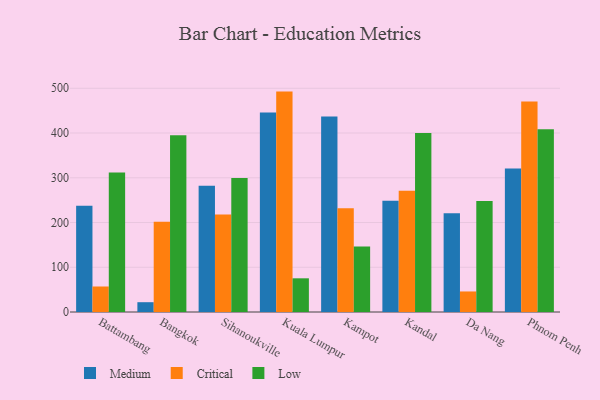
{"axis": {"x": "City", "y": "Tickets Resolved"}, "legend": ["Critical", "Low", "Medium"], "data": [{"x": "Battambang", "y": 237.7, "type": "Medium"}, {"x": "Battambang", "y": 57.0, "type": "Critical"}, {"x": "Battambang", "y": 311.9, "type": "Low"}, {"x": "Bangkok", "y": 21.9, "type": "Medium"}, {"x": "Bangkok", "y": 201.6, "type": "Critical"}, {"x": "Bangkok", "y": 394.8, "type": "Low"}, {"x": "Sihanoukville", "y": 281.9, "type": "Medium"}, {"x": "Sihanoukville", "y": 217.7, "type": "Critical"}, {"x": "Sihanoukville", "y": 299.3, "type": "Low"}, {"x": "Kuala Lumpur", "y": 445.7, "type": "Medium"}, {"x": "Kuala Lumpur", "y": 492.6, "type": "Critical"}, {"x": "Kuala Lumpur", "y": 75.3, "type": "Low"}, {"x": "Kampot", "y": 436.7, "type": "Medium"}, {"x": "Kampot", "y": 232.1, "type": "Critical"}, {"x": "Kampot", "y": 146.4, "type": "Low"}, {"x": "Kandal", "y": 248.6, "type": "Medium"}, {"x": "Kandal", "y": 271.1, "type": "Critical"}, {"x": "Kandal", "y": 400.2, "type": "Low"}, {"x": "Da Nang", "y": 220.7, "type": "Medium"}, {"x": "Da Nang", "y": 45.9, "type": "Critical"}, {"x": "Da Nang", "y": 248.2, "type": "Low"}, {"x": "Phnom Penh", "y": 320.5, "type": "Medium"}, {"x": "Phnom Penh", "y": 470.4, "type": "Critical"}, {"x": "Phnom Penh", "y": 408.5, "type": "Low"}]}